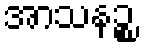
အာသနဉ္စ